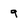
Character: 9